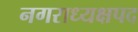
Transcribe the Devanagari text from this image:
नगराध्यक्षपद